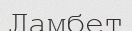
Ламбет